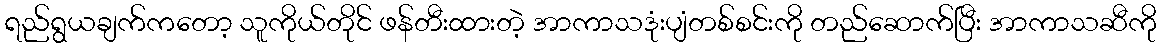
ရည်ရွယချက်ကတော့ သူကိုယ်တိုင် ဖန်တီးထားတဲ့ အာကာသဒုံးပျံတစ်စင်းကို တည်ဆောက်ပြီး အာကာသဆီကို